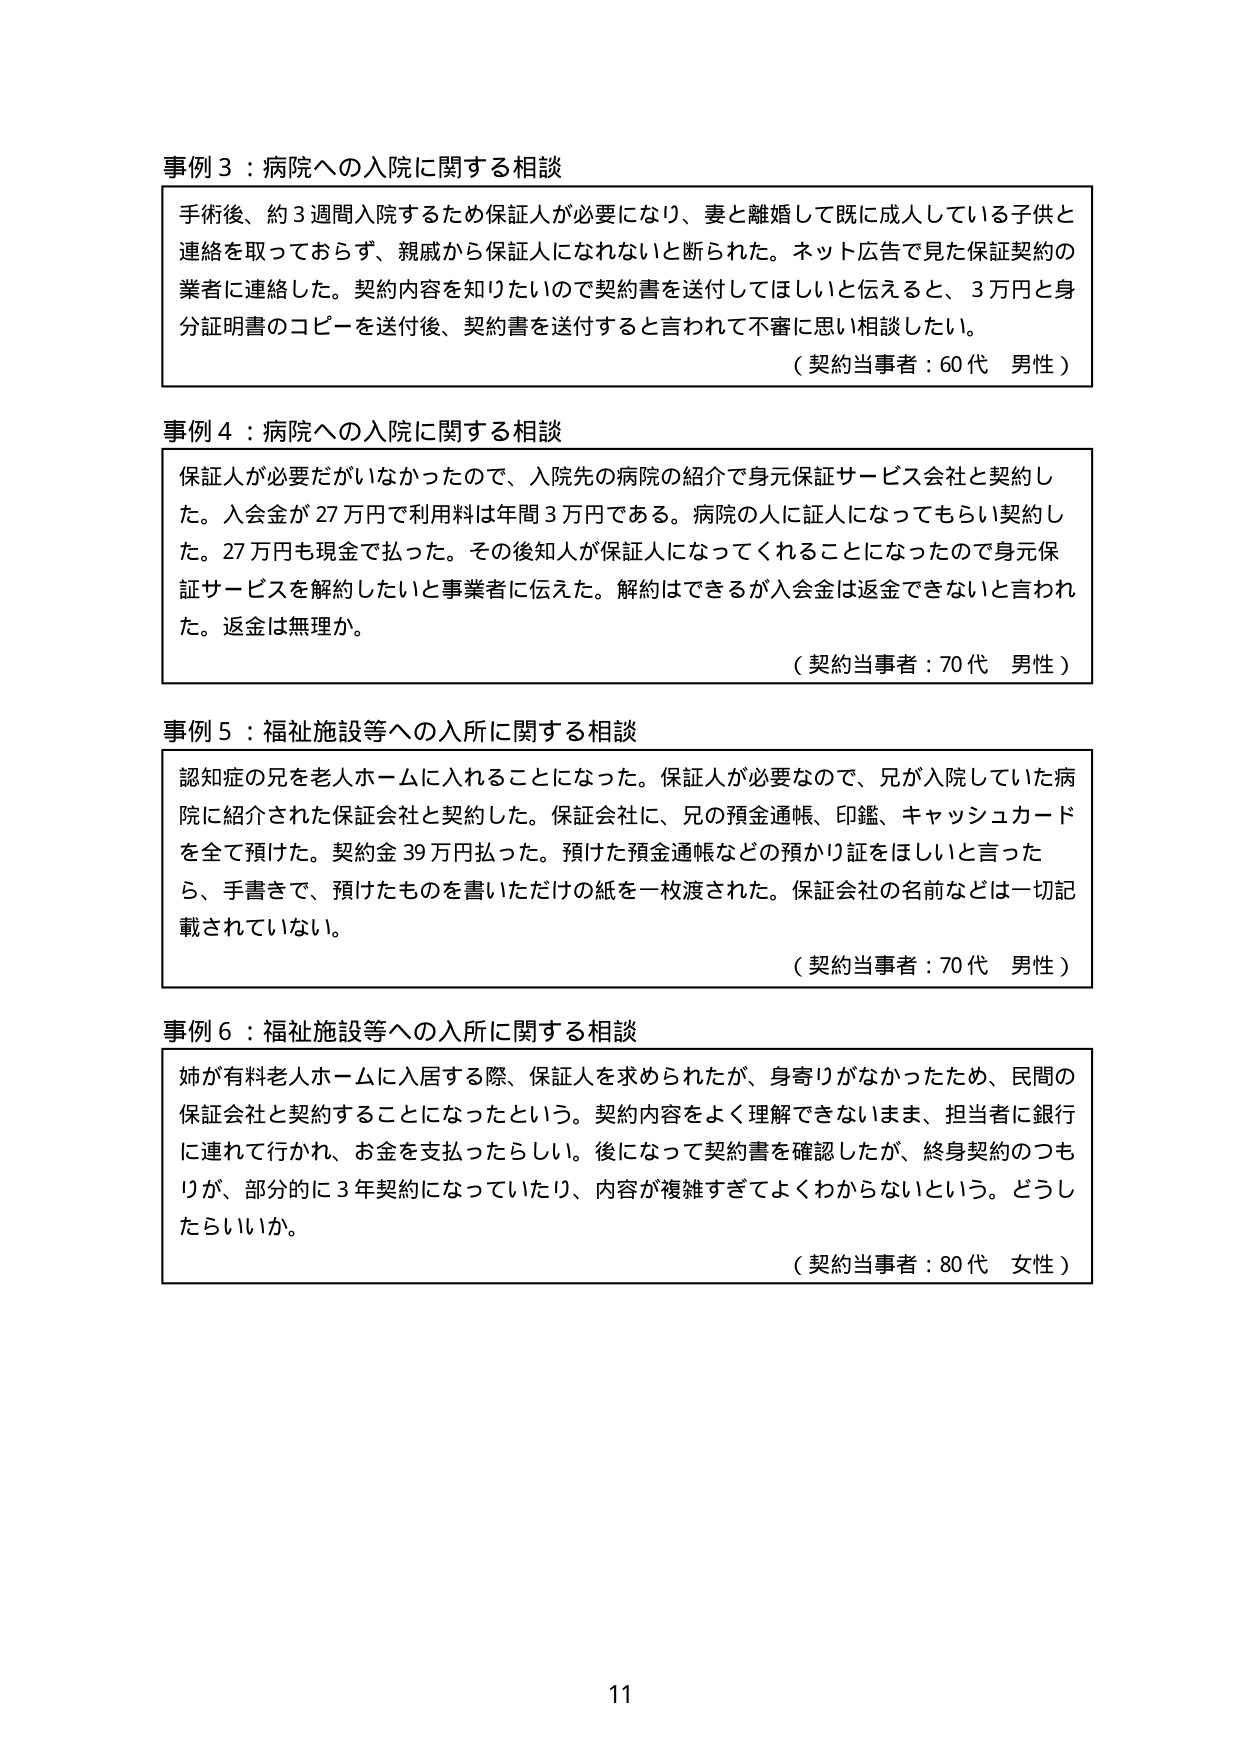
事例３：病院への入院に関する相談
手術後、約３週間入院するため保証人が必要になり、妻と離婚して既に成人している子供と連絡を取っておらず、親戚から保証人にならないと断られた。ネット広告で見た保証契約の業者に連絡した。契約内容を知りたいので契約書を送付してほしいと伝えると、３万円と身分証明書のコピーを送付後、契約書を送付すると言われて不審に思い相談したい。
（契約当事者：60代 男性）

事例４：病院への入院に関する相談
保証人が必要だがいなかったので、入院先の病院の紹介で身元保証サービス会社と契約した。入会金が27万円で利用料は年間3万円である。病院の人に証人になってもらい契約した。27万円も現金で払った。その後知人が保証人になってくれることになったので身元保証サービスを解約したいと事業者に伝えた。解約はできるが入会金は返金できないと言われた。返金は無理か。
（契約当事者：70代 男性）

事例５：福祉施設等への入所に関する相談
認知症の兄を老人ホームに入れるうことになった。保証人が必要なので、兄が入院していた病院に紹介された保証会社と契約した。保証会社に、兄の預金通帳、印鑑、キャッシュカードを全て預けた。契約金39万円払った。預けた預金通帳などの預かり証をほしいと言ったら、手書きで、預けたものを書いただけの紙を一枚渡された。保証会社の名前などは一切記載されていない。
（契約当事者：70代 男性）

事例６：福祉施設等への入所に関する相談
姉が有料老人ホームに入居する際、保証人を求められたが、身寄りがなかったため、民間の保証会社と契約することになったという。契約内容をよく理解できないまま、担当者に銀行に連れて行かれ、お金を支払ったらしい。後になって契約書を確認したが、終身契約のつもりが、部分的に3年契約になっていたり、内容が複雑すぎてよくわからないという。どうしたらいいか。
（契約当事者：80代 女性）

11